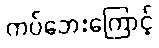
ကပ်ဘေးကြောင့်